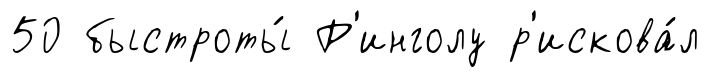
50 быстроты́ Р'инголу р'искова́л